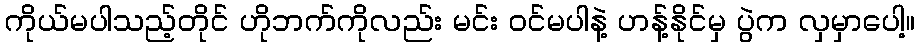
ကိုယ်မပါသည့်တိုင် ဟိုဘက်ကိုလည်း မင်း ဝင်မပါနဲ့ ဟန့်နိုင်မှ ပွဲက လှမှာပေါ့။